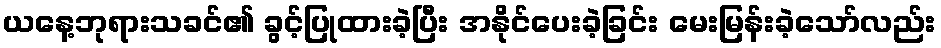
ယနေ့ဘုရားသခင်၏ ခွင့်ပြုထားခဲ့ပြီး အနိုင်ပေးခဲ့ခြင်း မေးမြန်းခဲ့သော်လည်း